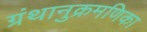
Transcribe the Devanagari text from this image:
ग्रंथानुक्रमणिका